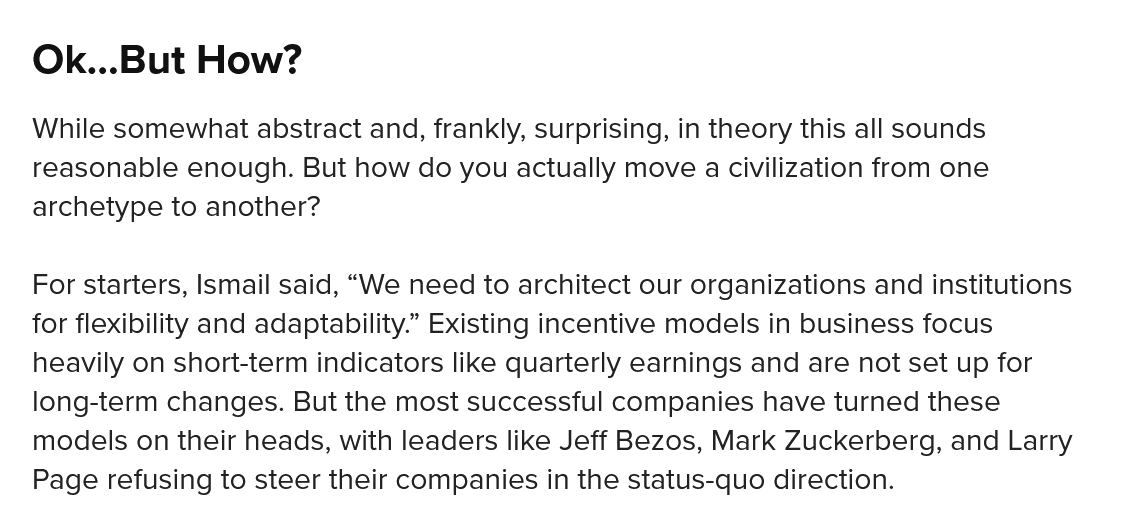
Ok...But   How?
   While somewhat abstract and, frankly, surprising, in theory this all sounds
   reasonable enough. But how do you actually move a civilization from one
   archetype to another?
   For starters, Ismail said, “We need to architect our organizations and institutions
   for flexibility and adaptability.” Existing incentive models in business focus
   heavily on short-term indicators like quarterly earnings and are not set up for
   long-term changes. But the most successful companies have turned these
   models on their heads, with leaders like Jeff Bezos, Mark Zuckerberg, and Larry
   Page refusing to steer their companies in the status-quo direction.